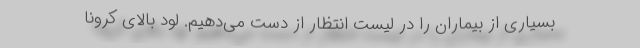
بسیاری از بیماران را در لیست انتظار از دست می‌دهیم. لود بالای کرونا